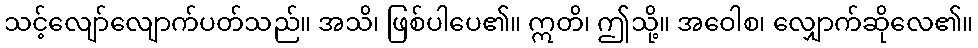
သင့်လျော်လျောက်ပတ်သည်။ အသိ၊ ဖြစ်ပါပေ၏။ ဣတိ၊ ဤသို့။ အဝေါစ၊ လျှောက်ဆိုလေ၏။